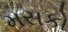
મસકો